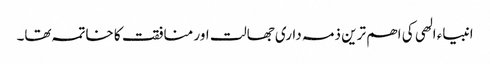
انبیاء الھی کی اھم ترین ذمہ داری جھالت اور منافقت کا خاتمہ تھا۔